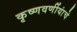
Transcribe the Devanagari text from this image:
कृष्णवर्णीयांचे